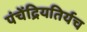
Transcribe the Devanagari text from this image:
पंचेंद्रियतिर्यच